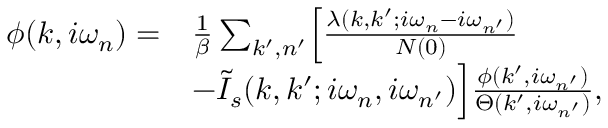
\begin{array} { r l } { \phi ( k , i \omega _ { n } ) = } & { \frac { 1 } { \beta } \sum _ { k ^ { \prime } , n ^ { \prime } } \Bigl [ \frac { \lambda ( k , k ^ { \prime } ; i \omega _ { n } - i \omega _ { n ^ { \prime } } ) } { N ( 0 ) } } \\ & { - \tilde { I } _ { s } ( k , k ^ { \prime } ; i \omega _ { n } , i \omega _ { n ^ { \prime } } ) \Bigr ] \frac { \phi ( k ^ { \prime } , i \omega _ { n ^ { \prime } } ) } { \Theta ( k ^ { \prime } , i \omega _ { n ^ { \prime } } ) } , } \end{array}